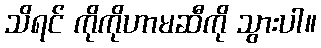
သိရင် ကိုကိုဟာမဆီကို သွားပါ။